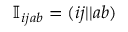
\mathbb { I } _ { i j a b } = ( i j | | a b )